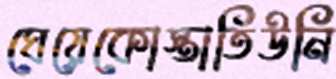
ঘেয়েকোস্তাতিউনি